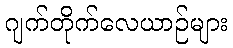
ဂျက်တိုက်လေယာဉ်များ